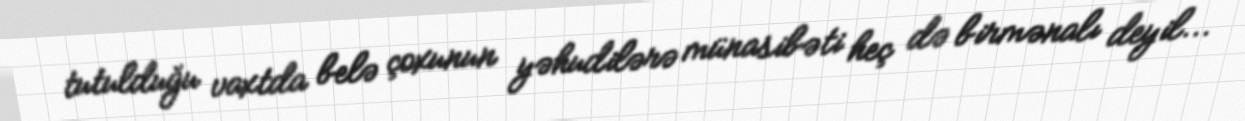
tutulduğu vaxtda belə çoxunun yəhudilərə münasibəti heç də birmənalı deyil...